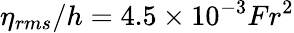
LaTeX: \eta_{rms}/h=4.5\times 10^{-3}{Fr}^{2}